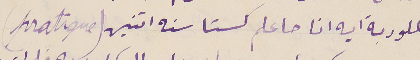
بكلوربة ايه انا حاعلم كستا سنه اتنين (pratique)